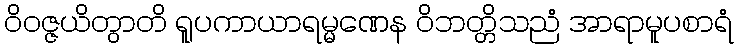
ဝိဝဇ္ဇယိတွာတိ ရူပကာယာရမ္မဏေန ဝိဘတ္တိသညံ အာရာမူပစာရံ